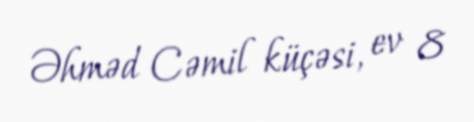
Əhməd Cəmil küçəsi, ev 8